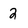
Character: 2